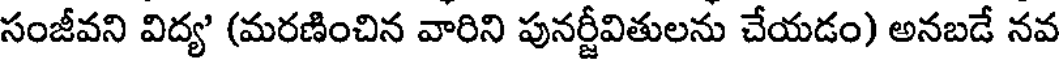
సంజీవని విద్య' (మరణించిన వారిని పునర్జీవితులను చేయడం) అనబడే నవ